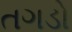
તગડો